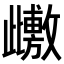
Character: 𭭺